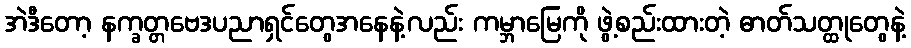
အဲဒီတော့ နက္ခတ္တဗေဒပညာရှင်တွေအနေနဲ့လည်း ကမ္ဘာမြေကို ဖွဲ့စည်းထားတဲ့ ဓာတ်သတ္ထုတွေနဲ့